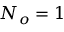
N _ { o } = 1